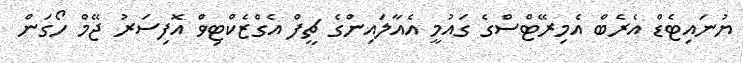
ޔުނައިޓެޑް އެރެބް އެމިރޭޓްސްގެ ގައުމީ އެއާލައިންގެ ޗީފް އެގްޒެކްޓިވް އޮފިސަރު ޖޭމް ހޯގަން